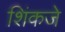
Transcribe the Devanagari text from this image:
शिंकजे